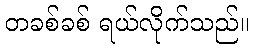
တခစ်ခစ် ရယ်လိုက်သည်။